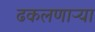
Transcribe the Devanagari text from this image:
ढकलणाऱ्या